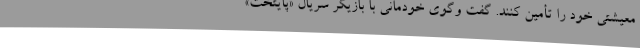
معیشتی خود را تأمین کنند. گفت وگوی خودمانی با بازیگر سریال «پایتخت»